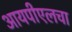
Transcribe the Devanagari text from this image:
आयपीएलचा